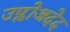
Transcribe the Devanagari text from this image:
उप्लोअदेद